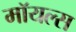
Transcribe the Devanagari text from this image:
मॉयल्स